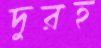
দুরহ